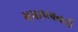
ચયાપચનની